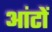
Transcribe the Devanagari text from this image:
आंटों